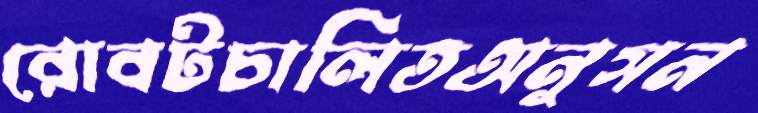
রোবটচালিতঅনুসন